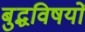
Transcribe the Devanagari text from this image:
बुद्धविषयों